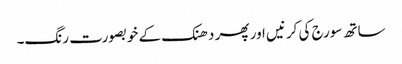
ساتھ سورج کی کرنیں اور پھر دھنک کے خوبصورت رنگ۔